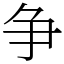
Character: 争